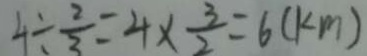
4 \div \frac { 2 } { 3 } = 4 \times \frac { 3 } { 2 } = 6 ( k m )